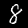
Digit: 8